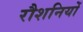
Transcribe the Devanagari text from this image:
रौशनियों